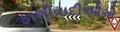
ફાશીવાદીઓએ